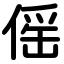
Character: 傜